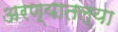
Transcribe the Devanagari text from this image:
अरण्यातल्या